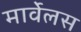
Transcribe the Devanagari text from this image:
मार्वेलस